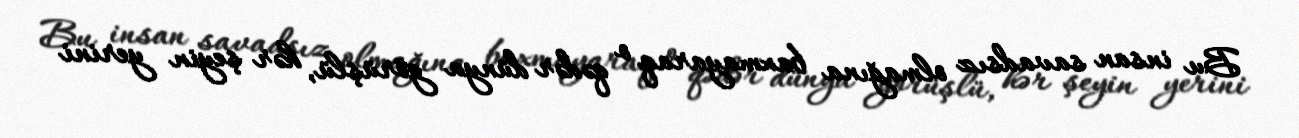
Bu insan savadsız olmağına baxmayaraq o qədər dünya görüşlü, hər şeyin yerini